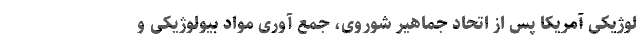
لوژیکی آمریکا پس از اتحاد جماهیر شوروی، جمع آوری مواد بیولوژیکی و